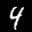
Label: 4